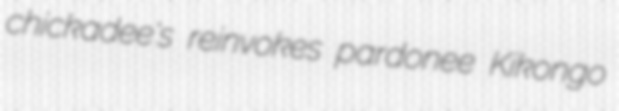
chickadee's reinvokes pardonee Kikongo